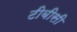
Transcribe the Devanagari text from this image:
टीबीसी